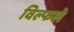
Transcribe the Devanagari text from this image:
विल्फले